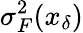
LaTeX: \sigma_{F}^{2}(x_{\delta})